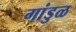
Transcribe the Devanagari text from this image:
गांडुळ